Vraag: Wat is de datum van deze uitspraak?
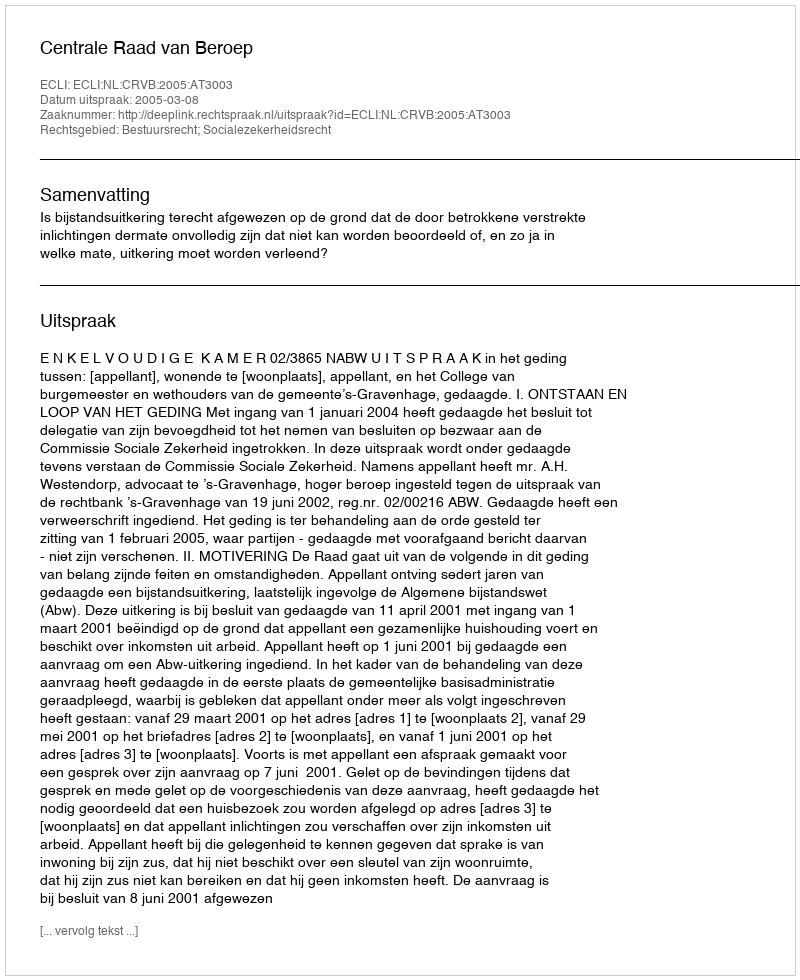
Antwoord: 2005-03-08